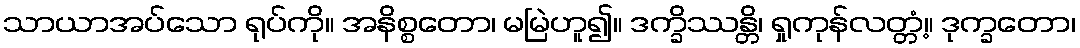
သာယာအပ်သော ရုပ်ကို။ အနိစ္စတော၊ မမြဲဟူ၍။ ဒက္ခိဿန္တိ၊ ရှုကုန်လတ္တံ့။ ဒုက္ခတော၊